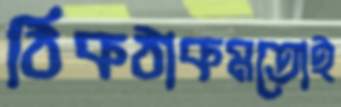
ঠিকঠাকমতোই